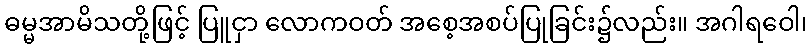
ဓမ္မအာမိသတို့ဖြင့် ပြူငှာ လောကဝတ် အစေ့အစပ်ပြုခြင်း၌လည်း။ အဂါရဝေါ၊